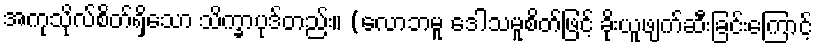
အကုသိုလ်စိတ်ရှိသော သိက္ခာပုဒ်တည်း။ (လောဘမူ ဒေါသမူစိတ်ဖြင့် ခိုးယူဖျက်ဆီးခြင်းကြောင့်